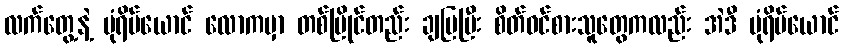
လက်တွေ့နဲ့ ပုံရိပ်ယောင် လောကမှာ တစ်ပြိုင်တည်း ချပြပြီး စိတ်ဝင်စားသူတွေကလည်း အဲဒီ ပုံရိပ်ယောင်